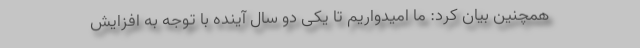
همچنین بیان کرد: ما امیدواریم تا یکی دو سال آینده با توجه به افزایش